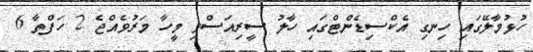
ހުޅުމާލޭގައި ހިނގި އެކްސިޑެންޓްގައި ހާލު ސީރިއަސްވި މީހާ މަރުވެއްޖެ 2 ހަފްތާ 6